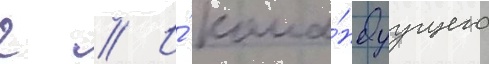
г // И́ кома́ндуущего